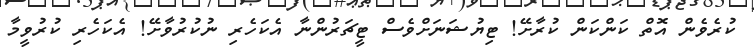
ކުރެވެން އޮތް ކަންކަން ކުރާށޭ! ޓިޔުޝަނަށްވެސް ޓީޗަރުންނާ އެކަހެރި ނުކުރުވާށޭ! އެކަހެރި ކުރުވީމާ